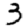
Digit: 3